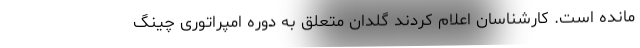
مانده است. کارشناسان اعلام کردند گلدان متعلق به دوره امپراتوری چینگ